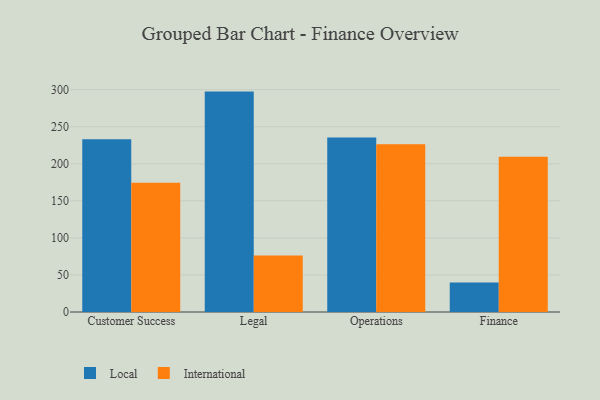
{"axis": {"x": "Department", "y": "Energy Usage (MWh)"}, "legend": ["International", "Local"], "data": [{"x": "Customer Success", "y": 233.2, "type": "Local"}, {"x": "Customer Success", "y": 174.4, "type": "International"}, {"x": "Legal", "y": 297.4, "type": "Local"}, {"x": "Legal", "y": 76.4, "type": "International"}, {"x": "Operations", "y": 235.3, "type": "Local"}, {"x": "Operations", "y": 226.2, "type": "International"}, {"x": "Finance", "y": 39.8, "type": "Local"}, {"x": "Finance", "y": 209.4, "type": "International"}]}